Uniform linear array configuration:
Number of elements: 4
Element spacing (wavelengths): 1
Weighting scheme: blackman
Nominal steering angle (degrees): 45
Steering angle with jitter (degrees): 43.108
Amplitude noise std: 0.05
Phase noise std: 0.05

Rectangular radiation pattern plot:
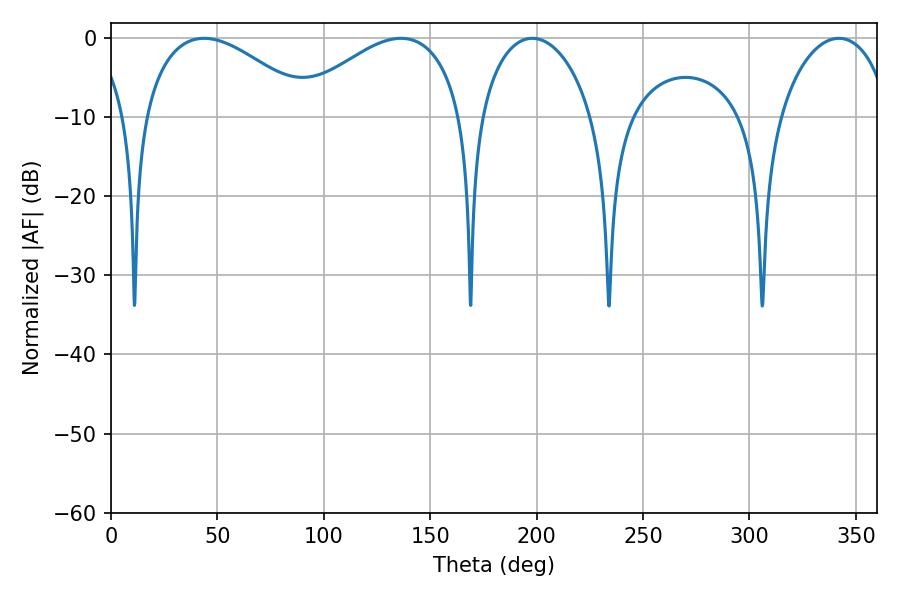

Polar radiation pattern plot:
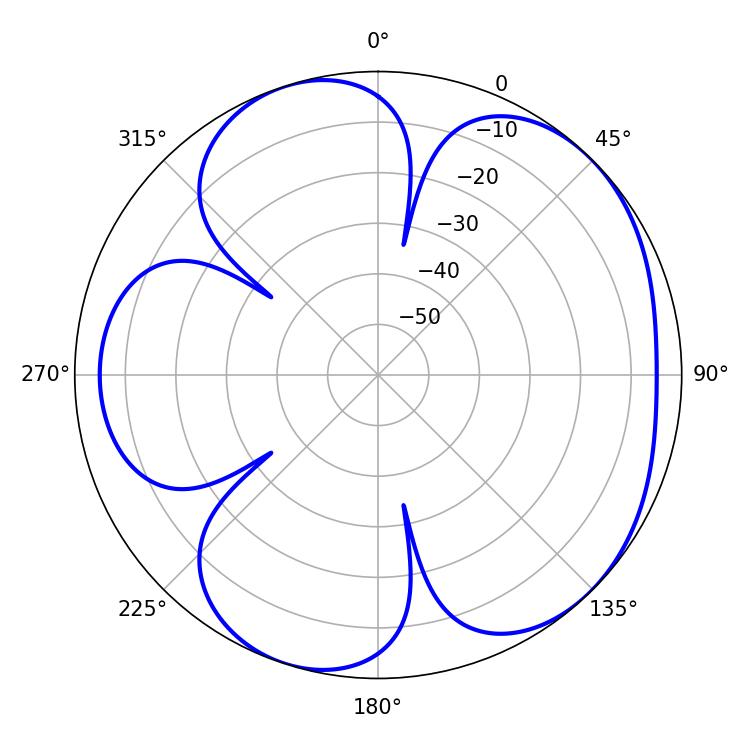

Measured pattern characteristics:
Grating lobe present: TRUE
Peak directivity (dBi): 5.07
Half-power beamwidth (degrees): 43.92
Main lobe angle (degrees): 43.74